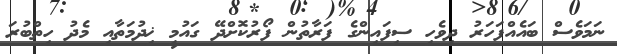
ނަމަވެސް ބައެއްފަހަރު ދިވެހި ސިފައިންގެ ފަރާތުން ފޯރުކޮށްދޭ ގައުމީ ޚިދުމަތާއި މެދު ހިތްބުރަ